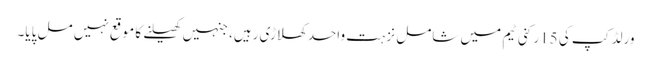
ورلڈ کپ کی 15رکنی ٹیم میں شامل نزہت واحد کھلاڑی رہیں، جنہیں کھیلنے کا موقع نہیں مل پایا۔